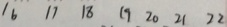
1 6 1 7 1 8 1 9 2 0 2 1 2 2